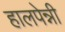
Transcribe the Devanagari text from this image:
हालपेन्नी